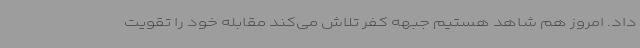
داد. امروز هم شاهد هستیم جبهه کفر تلاش می‌کند مقابله خود را تقویت